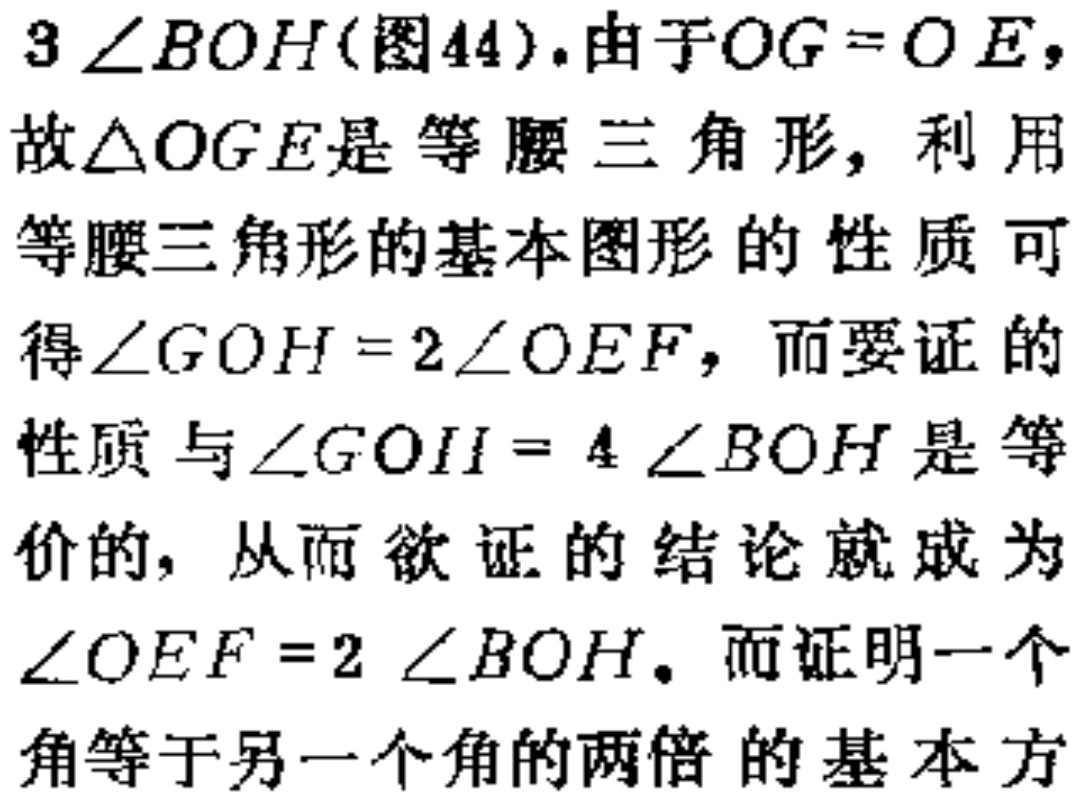
$3\angle BOH$(图44).由于$OG = OE$，故$\triangle OGE$是等腰三角形，利用等腰三角形的基本图形的性质可得$\angle GOH = 2\angle OEF$，而要证的性质与$\angle GOH = 4\angle BOH$是等价的，从而欲证的结论就成为$\angle OEF = 2\angle BOH$。而证明一个角等于另一个角的两倍的基本方